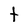
Character: t